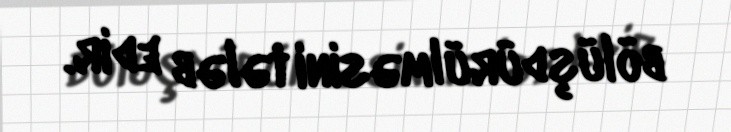
bölüşdürülməsini tələb edir.